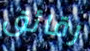
رقائق